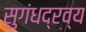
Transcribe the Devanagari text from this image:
सुगंधद्रव्य